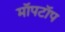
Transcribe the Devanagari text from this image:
मॉपटॉप